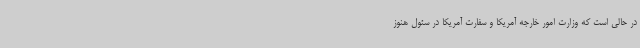
در حالی است که وزارت امور خارجه آمریکا و سفارت آمریکا در سئول هنوز